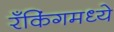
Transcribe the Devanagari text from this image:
रँकिंगमध्ये